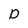
Character: D